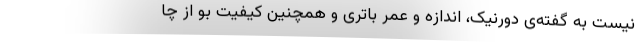
نیست به گفته‌ی دورنیک، اندازه و عمر باتری و همچنین کیفیت بو از چا